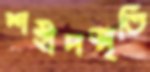
শহীদস্মৃতি